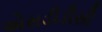
એસડીડીસી